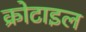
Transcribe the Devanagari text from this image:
क्रोटाइल